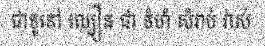
ជាទូទៅ ល្បឿន ជា ទំហំ សំរាប់ វាស់